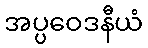
အပ္ပဝေဒနီယံ